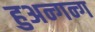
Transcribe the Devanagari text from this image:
हुअन्गन्ग